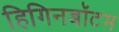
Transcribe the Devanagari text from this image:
हिगिनबॉटम